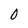
Character: 0